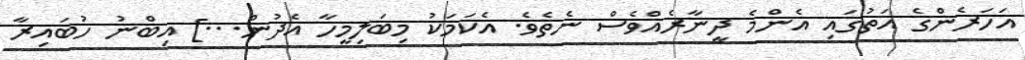
އަހަރެންގެ އަތުގައި އެންމެ ދީނާރެއްވެސް ނެތެވެ. އެކަމަކު މިބަލިމީހާ އެދުން...] އިބްނު ހުބައިރާ